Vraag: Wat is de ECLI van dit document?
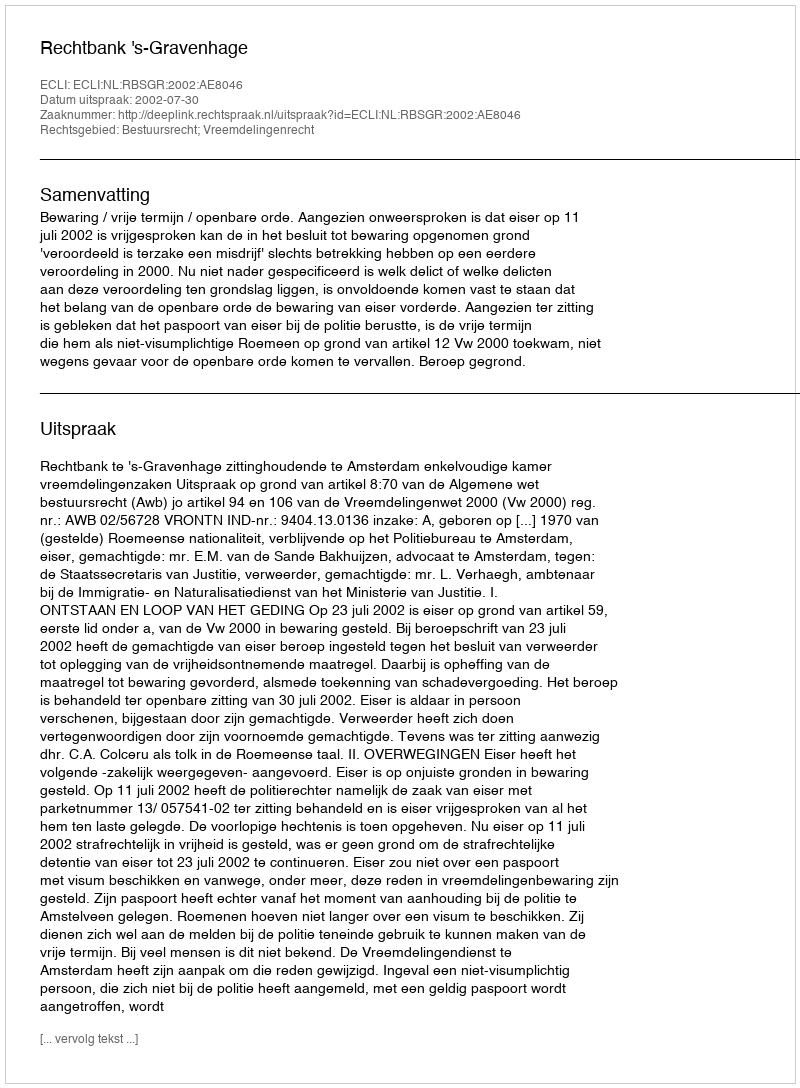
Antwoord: ECLI:NL:RBSGR:2002:AE8046